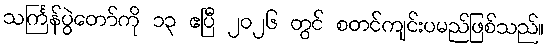
သင်္ကြန်ပွဲတော်ကို ၁၃ ဧပြီ ၂၀၂၆ တွင် စတင်ကျင်းပမည်ဖြစ်သည်။